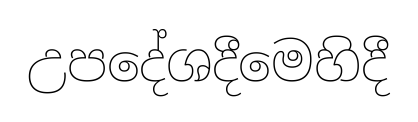
උපදේශදීමෙහිදී